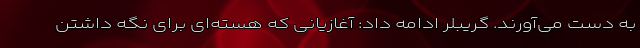
به دست می‌آورند. گریبلر ادامه داد: آغازیانی که هسته‌ای برای نگه داشتن